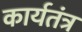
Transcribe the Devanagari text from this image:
कार्यतंत्र